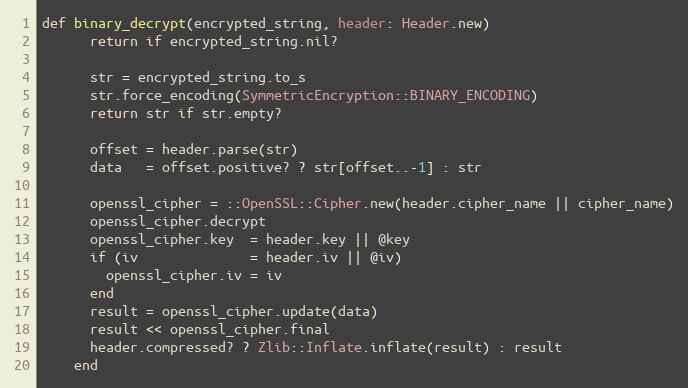
Language: Ruby
def binary_decrypt(encrypted_string, header: Header.new)
      return if encrypted_string.nil?

      str = encrypted_string.to_s
      str.force_encoding(SymmetricEncryption::BINARY_ENCODING)
      return str if str.empty?

      offset = header.parse(str)
      data   = offset.positive? ? str[offset..-1] : str

      openssl_cipher = ::OpenSSL::Cipher.new(header.cipher_name || cipher_name)
      openssl_cipher.decrypt
      openssl_cipher.key  = header.key || @key
      if (iv              = header.iv || @iv)
        openssl_cipher.iv = iv
      end
      result = openssl_cipher.update(data)
      result << openssl_cipher.final
      header.compressed? ? Zlib::Inflate.inflate(result) : result
    end